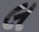
લ